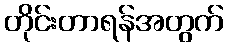
တိုင်းတာရန်အတွက်